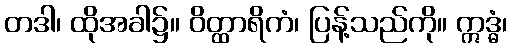
တဒါ၊ ထိုအခါ၌။ ဝိတ္ထာရိကံ၊ ပြန့်သည်ကို။ ဣဒ္ဓံ၊